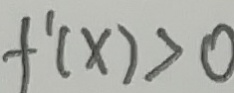
f ^ { \prime } ( x ) > 0